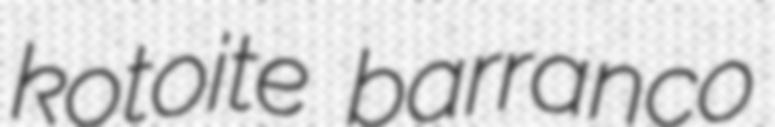
kotoite barranco